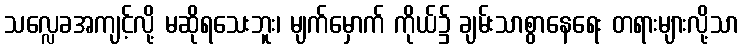
သလ္လေခအကျင့်လို့ မဆိုရသေးဘူး၊ မျက်မှောက် ကိုယ်၌ ချမ်းသာစွာနေရေး တရားများလို့သာ